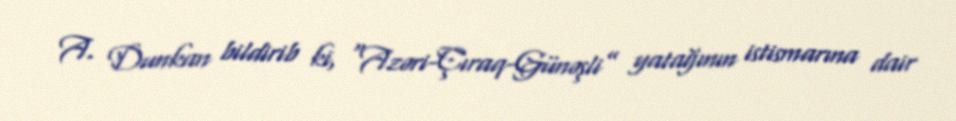
A. Dunkan bildirib ki, “Azəri-Çıraq-Günəşli” yatağının istismarına dair